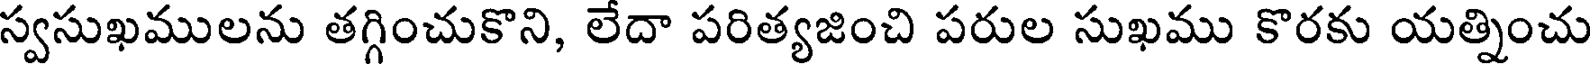
స్వసుఖములను తగ్గించుకొని, లేదా పరిత్యజించి పరుల సుఖము కొరకు యత్నించు